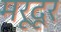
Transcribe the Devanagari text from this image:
मरूदूर